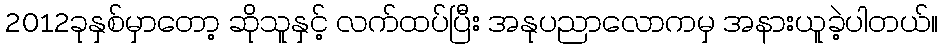
2012ခုနှစ်မှာတော့ ဆိုသူနှင့် လက်ထပ်ပြီး အနုပညာလောကမှ အနားယူခဲ့ပါတယ်။